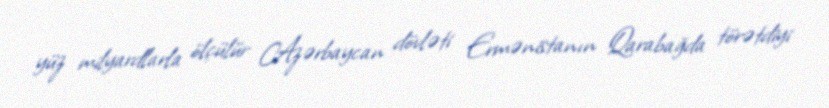
yüz milyardlarla ölçülür Azərbaycan dövləti Ermənistanın Qarabağda törətdiyi